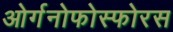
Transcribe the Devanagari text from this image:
ओर्गनोफोस्फोरस